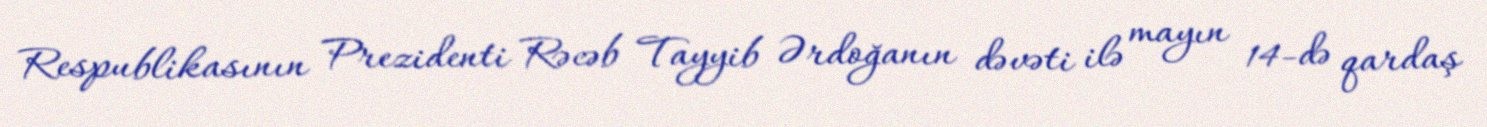
Respublikasının Prezidenti Rəcəb Tayyib Ərdoğanın dəvəti ilə mayın 14-də qardaş